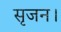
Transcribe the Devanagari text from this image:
सृजन।